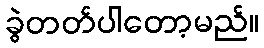
ခွဲတတ်ပါတော့မည်။